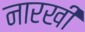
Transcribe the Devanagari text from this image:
नारखी